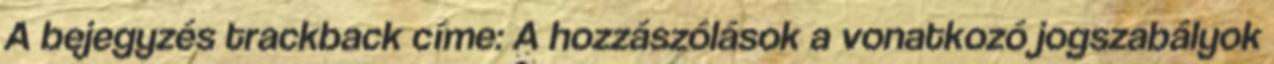
A bejegyzés trackback címe: A hozzászólások a vonatkozó jogszabályok